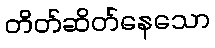
တိတ်ဆိတ်နေသော